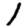
Digit: 1